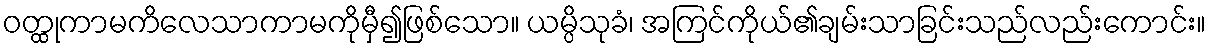
ဝတ္ထုကာမကိလေသာကာမကိုမှီ၍ဖြစ်သော။ ယမ္ပိသုခံ၊ အကြင်ကိုယ်၏ချမ်းသာခြင်းသည်လည်းကောင်း။